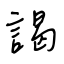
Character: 謁